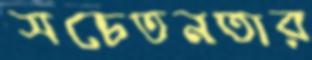
সচেতনতার